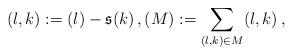
LaTeX: \begin{align*}(l,k):= (l)-\mathfrak{s}(k)\,, (M) := \sum_{(l,k) \in M} (l,k)\,,\end{align*}